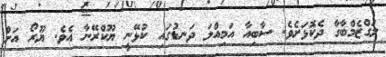
ލަގްޒެމްބާގާ ދެކޮޅަށެވެ. ސާބިއާ އަމިއްލަ ދަނޑުގައި ކުޅޭނީ ޔޫކްރޭނާ އެވެ. ޔޫރޯ އަށް